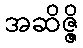
အဆိဇ္ဇိ